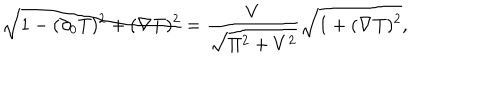
\sqrt { 1 - ( \partial _ { 0 } T ) ^ { 2 } + ( \nabla T ) ^ { 2 } } = { \frac { V } { \sqrt { \Pi ^ { 2 } + V ^ { 2 } } } } \sqrt { 1 + ( \nabla T ) ^ { 2 } } ,